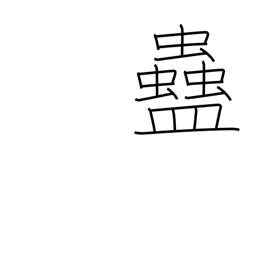
Meaning: rice worm